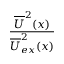
\frac { \overline { { U } } ^ { 2 } ( x ) } { \overline { { U } } _ { e x } ^ { 2 } ( x ) }